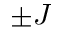
\pm J